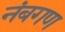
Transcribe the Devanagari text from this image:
नंबगण